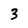
Character: 3